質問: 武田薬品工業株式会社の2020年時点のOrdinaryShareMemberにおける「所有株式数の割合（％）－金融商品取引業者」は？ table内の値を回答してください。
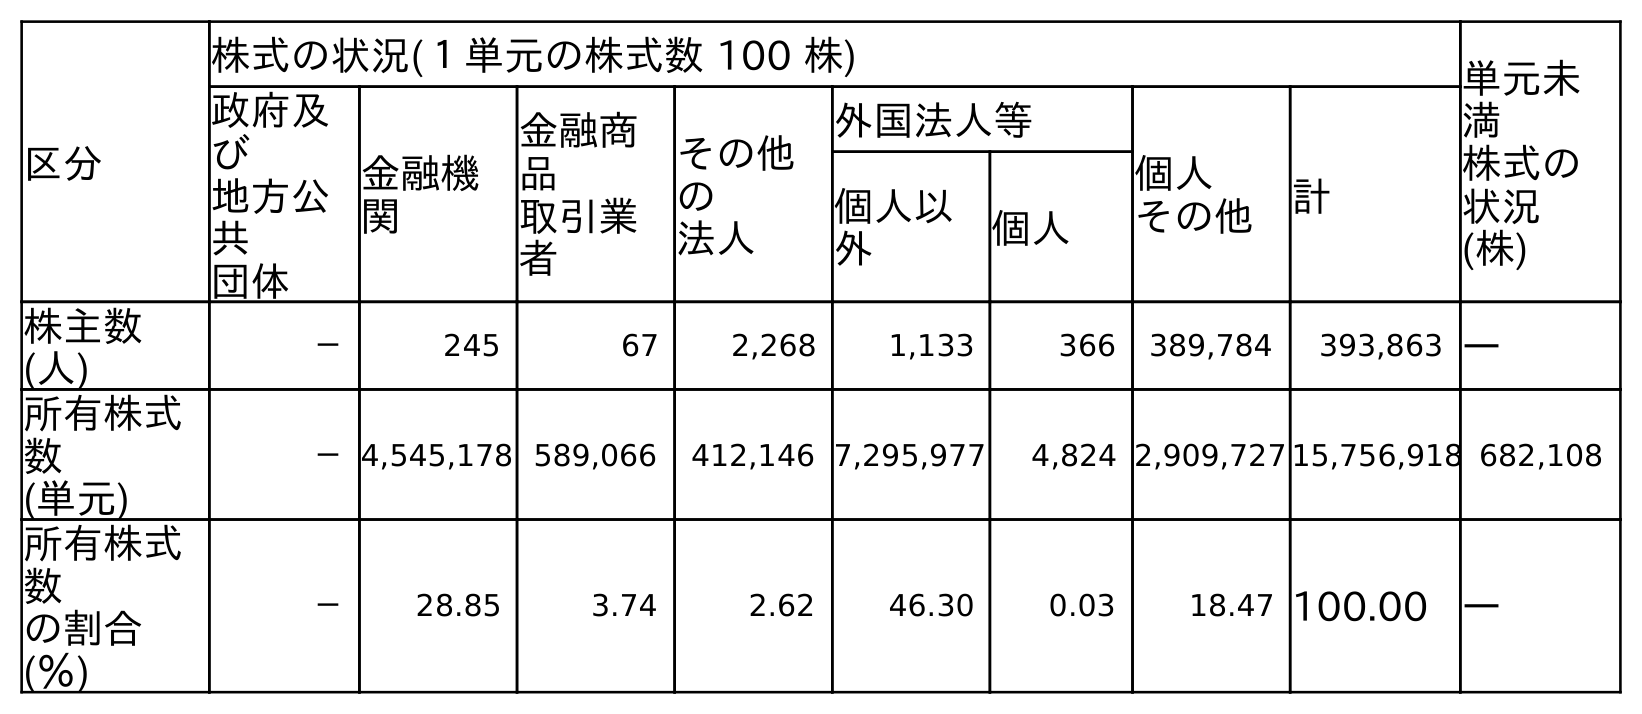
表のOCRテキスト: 区分 株式の状況(１単元の株式数 100 株) 単元未 満 株式の 状況 (株) 政府及 び 地方公 共 団体 金融機 関 金融商 品 取引業 者 その他 の 法人 外国法人等 個人 その他 計 個人以 外 個人 株主数 (人) － 245 67 2,268 1,133 366 389,784 393,863 ― 所有株式 数 (単元) －4,545,178 589,066 412,146 7,295,977 4,824 2,909,727 15,756,918 682,108 所有株式 数 の割合 (％) － 28.85 3.74 2.62 46.30 0.03 18.47 100.00 ―
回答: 3.74